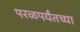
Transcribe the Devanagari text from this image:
परळपर्यंतच्या